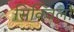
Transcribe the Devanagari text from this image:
सिक्विलों